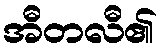
အီတလီ၏